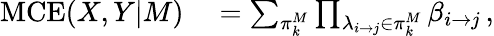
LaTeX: \begin{array}{rl}{\mathrm{MCE}(X,Y|M)}&{{}=\sum_{\pi_{k}^{M}}\prod_{\lambda_{i\to j}\in\pi_{k}^{M}}\beta_{i{\to}j}\, ,}\end{array}